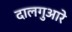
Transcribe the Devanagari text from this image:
दालगुआरे